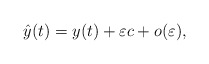
\begin{align*}\hat{y}(t)=y(t)+\varepsilon c+o(\varepsilon),\end{align*}